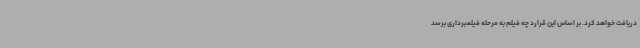
دریافت خواهد کرد. بر اساس این قرارد چه فیلم به مرحله فیلمبرداری برسد